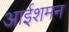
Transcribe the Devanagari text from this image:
आईशमन